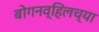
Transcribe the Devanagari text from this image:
बोगनव्हिलच्या